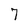
Character: 7